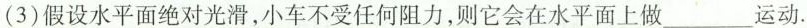
(3)假设水平面绝对光滑，小车不受任何阻力，则它会在水平面上做___运动.